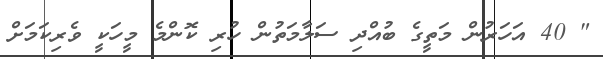
" 40 އަހަރުން މަތީގެ ބުއްދި ސަލާމަތުން ހުރި ކޮންމެ މީހަކީ ވެރިކަމަށް